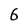
Character: 6